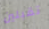
تقبلين